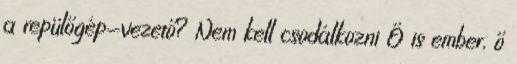
a repülőgép-vezető? Nem kell csodálkozni Ő is ember, ő